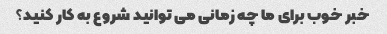
خبر خوب برای ما چه زمانی می توانید شروع به کار کنید؟